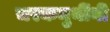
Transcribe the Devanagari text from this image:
चरकमुनींनी